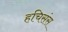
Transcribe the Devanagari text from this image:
हचिसंस